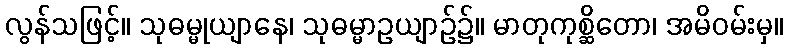
လွန်သဖြင့်။ သုဓမ္မုယျာနေ၊ သုဓမ္မာဥယျာဉ်၌။ မာတုကုစ္ဆိတော၊ အမိဝမ်းမှ။